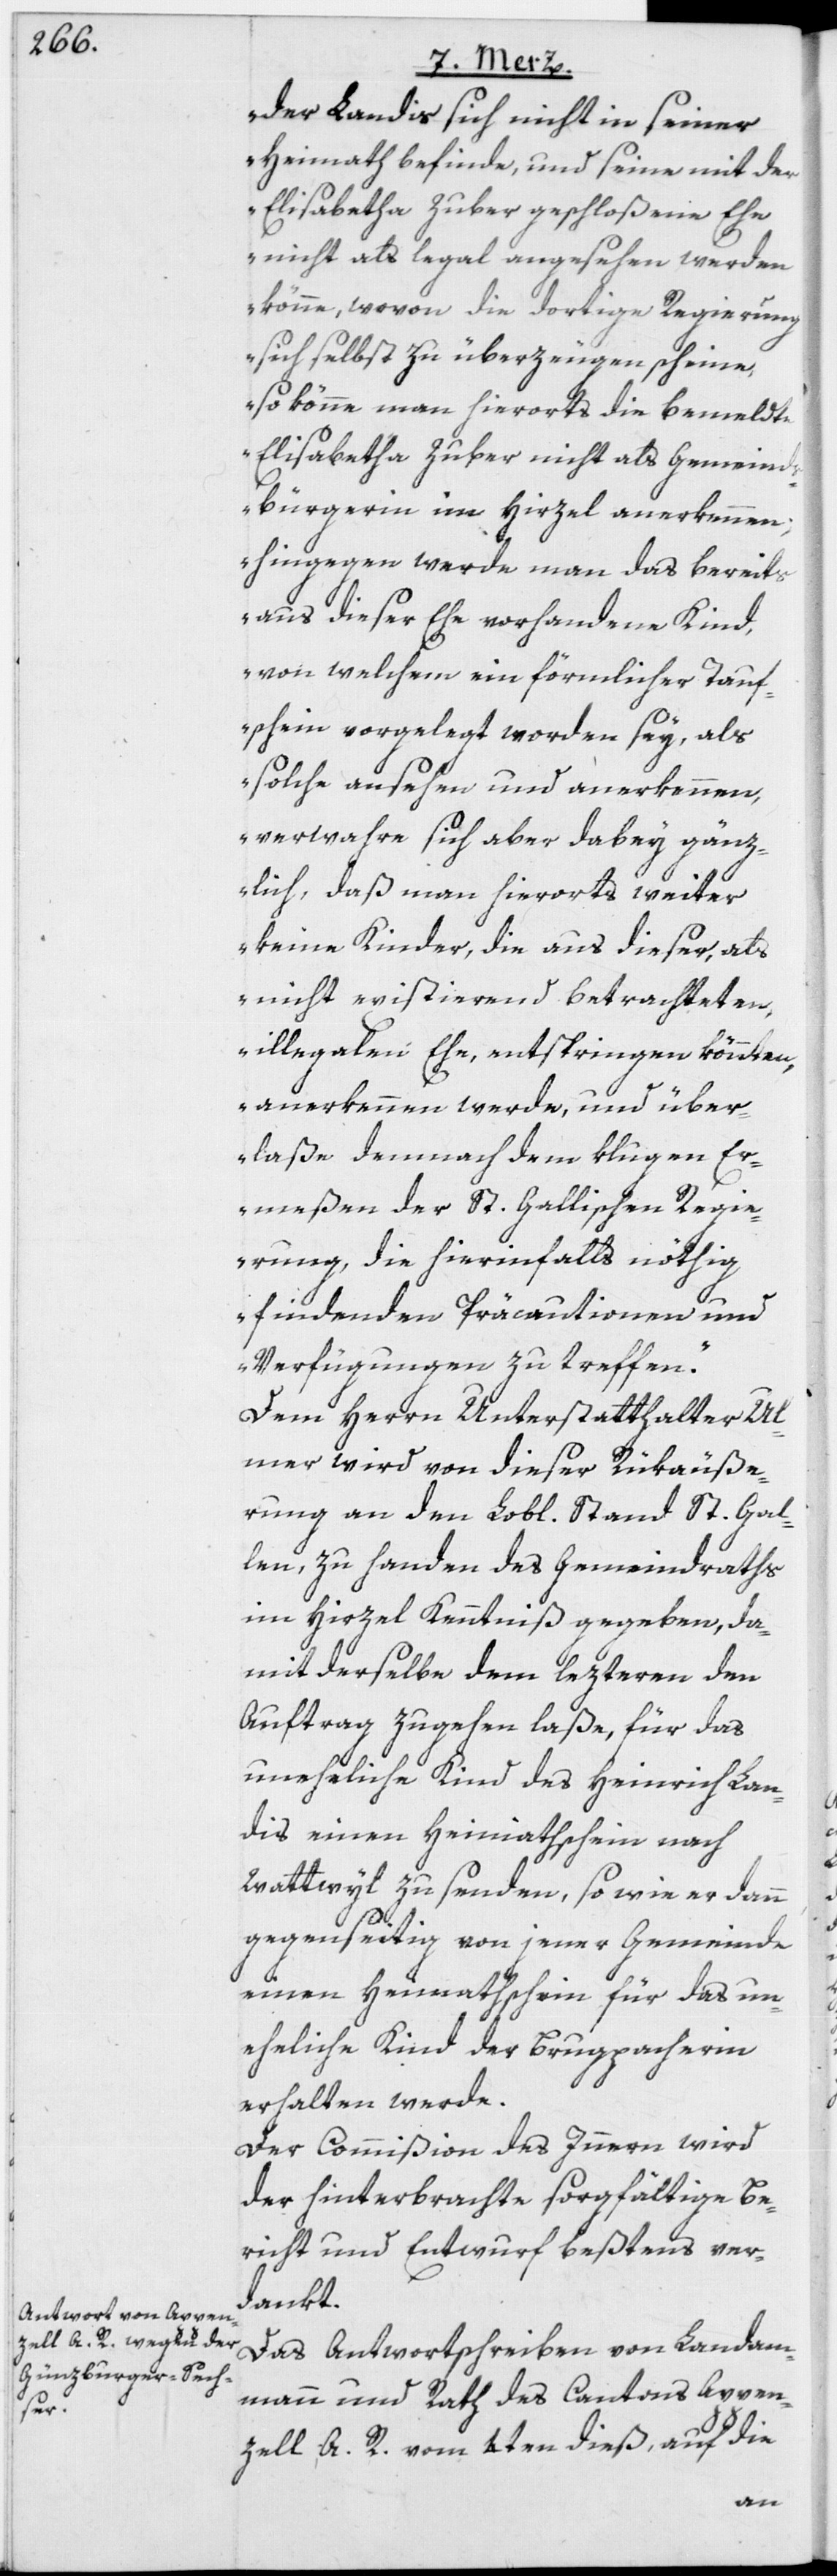
der Landis sich nicht in seiner
Heimath befinde, und seine mit der
Elisabetha Zuber geschloßene Ehe
nicht als legal angesehen werden
könne, wovon die dortige Regierung
sich selbst zu überzeugen scheine,
so könne man hierorts die bemeldte
Elisabetha Zuber nicht als Gemeinds¬
bürgerin im Hirzel anerkennen;
hingegen werde man das bereits
aus dieser Ehe vorhandene Kind,
von welchem ein förmlicher Tauf¬
schein vorgelegt worden sey, als
solche ansehen und anerkennen,
verwahre sich aber dabey gänz¬
lich, daß man hierorts weiter
keine Kinder, die aus dieser, als
nicht existierend betrachteten,
illegalen Ehe, entspringen könnten,
anerkennen werde, und über¬
laße demnach dem klugen Er¬
meßen der St. Gallischen Regie¬
rung, die hierinfalls nöthig
findenden Präcautionen und
Verfügungen zu treffen.“
Dem Herrn Unterstatthalter Ul¬
mer wird von dieser Rükäuße¬
rung an den Lobl. Stand St. Gal¬
len, zu Handen des Gemeindraths
im Hirzel Kenntniß gegeben, da¬
mit derselbe dem lezteren den
Auftrag zugehen laße, für das
uneheliche Kind des Heinrich Lan¬
dis einen Heimathschein nach
Wattwyl zu senden, so wie er dann
gegenseitig von jener Gemeinde
einen Heimathschein für das un¬
eheliche Kind der Brugpacherin
erhalten werde.
Der Commißion des Innern wird
der hinterbrachte sorgfältige Be¬
richt und Entwurf beßtens ver¬
dankt.
Das Antwortschreiben von Landam¬
mann und Rath des Cantons Appen¬
zell A. R. vom 4ten dieß, auf die